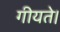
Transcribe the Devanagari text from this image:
गीयते।